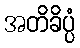
အတိခိပ္ပံ